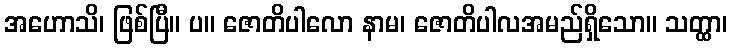
အဟောသိ၊ ဖြစ်ပြီ။ ပ။ ဇောတိပါလော နာမ၊ ဇောတိပါလအမည်ရှိသော။ သတ္ထာ၊